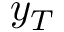
y _ { T }